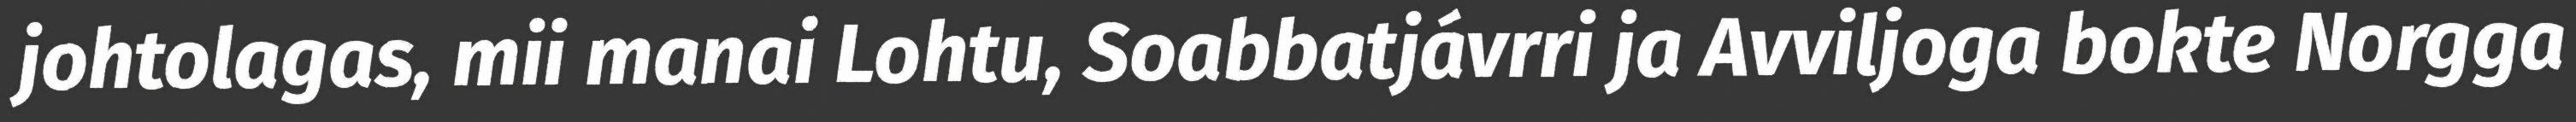
johtolagas, mii manai Lohtu, Soabbatjávrri ja Avviljoga bokte Norgga